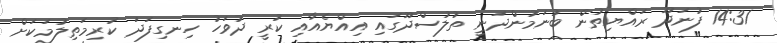
14:31 ފުނަދޫ ރައްޔިތުން ބުނަމުންދަނީ ތުލުސްދޫގައި އިއްޔެއާއި ކުރީ ދުވަހު ހިނގިފަދަ ކުރިމަތިލުމަކަށް